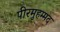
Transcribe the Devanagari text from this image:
पीरमुहम्मद